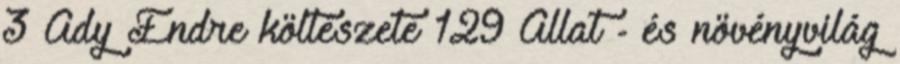
3 Ady Endre költészete 129 Állat - és növényvilág